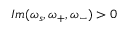
I m ( \omega _ { s } , \omega _ { + } , \omega _ { - } ) > 0